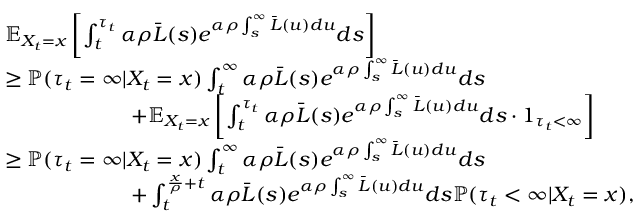
\begin{array} { r l } & { \mathbb { E } _ { X _ { t } = x } \left[ \int _ { t } ^ { \tau _ { t } } \alpha \rho \bar { L } ( s ) e ^ { \alpha \rho \int _ { s } ^ { \infty } \bar { L } ( u ) d u } d s \right] } \\ & { \geq \mathbb { P } ( \tau _ { t } = \infty | X _ { t } = x ) \int _ { t } ^ { \infty } \alpha \rho \bar { L } ( s ) e ^ { \alpha \rho \int _ { s } ^ { \infty } \bar { L } ( u ) d u } d s } \\ & { \qquad \qquad \qquad + \mathbb { E } _ { X _ { t } = x } \left[ \int _ { t } ^ { \tau _ { t } } \alpha \rho \bar { L } ( s ) e ^ { \alpha \rho \int _ { s } ^ { \infty } \bar { L } ( u ) d u } d s \cdot 1 _ { \tau _ { t } < \infty } \right] } \\ & { \geq \mathbb { P } ( \tau _ { t } = \infty | X _ { t } = x ) \int _ { t } ^ { \infty } \alpha \rho \bar { L } ( s ) e ^ { \alpha \rho \int _ { s } ^ { \infty } \bar { L } ( u ) d u } d s } \\ & { \qquad \qquad \qquad + \int _ { t } ^ { \frac { x } { \rho } + t } \alpha \rho \bar { L } ( s ) e ^ { \alpha \rho \int _ { s } ^ { \infty } \bar { L } ( u ) d u } d s \mathbb { P } ( \tau _ { t } < \infty | X _ { t } = x ) , } \end{array}